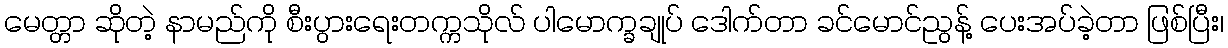
မေတ္တာ ဆိုတဲ့ နာမည်ကို စီးပွားရေးတက္ကသိုလ် ပါမောက္ခချုပ် ဒေါက်တာ ခင်မောင်ညွန့် ပေးအပ်ခဲ့တာ ဖြစ်ပြီး၊